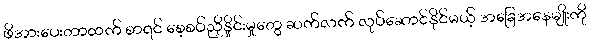
ဖိအားပေးတာထက် စာရင် စေ့စပ်ညှိနှိုင်းမှုတွေ ဆက်လက် လုပ်ဆောင်နိုင်မယ့် အခြေအနေမျိုးကို